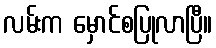
လမ်းက မှောင်စပြုလာပြီ။